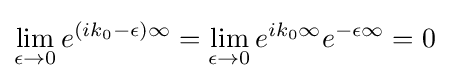
\lim _{\epsilon \to 0}e^{(ik_{0}-\epsilon )\infty }=\lim _{\epsilon \to 0}e^{ik_{0}\infty }e^{-\epsilon \infty }=0